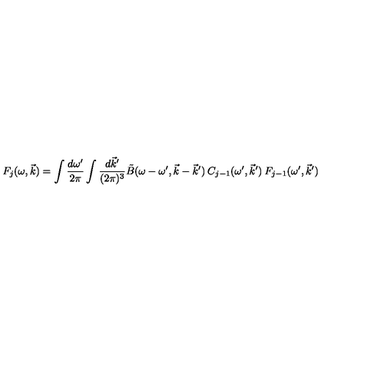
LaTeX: F _ { j } ( \omega , \vec { k } ) = \int \frac { d \omega ^ { \prime } } { 2 \pi } \int \frac { d \vec { k } ^ { \prime } } { ( 2 \pi ) ^ { 3 } } \tilde { B } ( \omega - \omega ^ { \prime } , \vec { k } - \vec { k } ^ { \prime } ) \: C _ { j - 1 } ( \omega ^ { \prime } , \vec { k } ^ { \prime } ) \: F _ { j - 1 } ( \omega ^ { \prime } , \vec { k } ^ { \prime } )